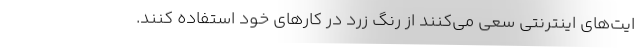
ایت‌های اینترنتی سعی می‌کنند از رنگ زرد در کارهای خود استفاده کنند.